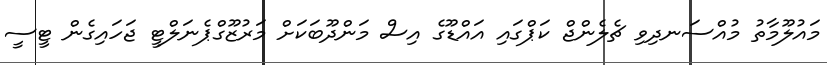
މައުލޫމާތު މުއްސަނދިވި ޗެލެންޖް ކަޕްގައި އައްޑޫގެ އިސް މަންދޫބަކަށް މަރުޒޫގްޕެނަލްޓީ ޖަހައިގެން ޓީސީ